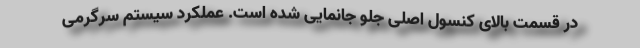
در قسمت بالای کنسول اصلی جلو جانمایی شده است. عملکرد سیستم سرگرمی